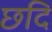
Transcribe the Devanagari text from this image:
छदि